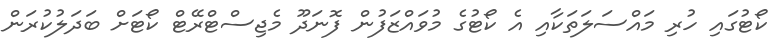
ކޯޓުގައި ހުރި މައްސަލަތަކާއި އެ ކޯޓުގެ މުވައްޒަފުން ފޮނަދޫ މެޖިސްޓްރޭޓް ކޯޓަށް ބަދަލުކުރަން